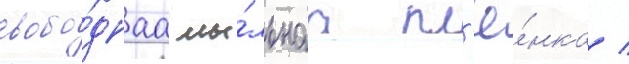
свобо́днаа мы́льнаа пл'ё́нка /